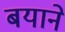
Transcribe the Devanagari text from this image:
बयाने